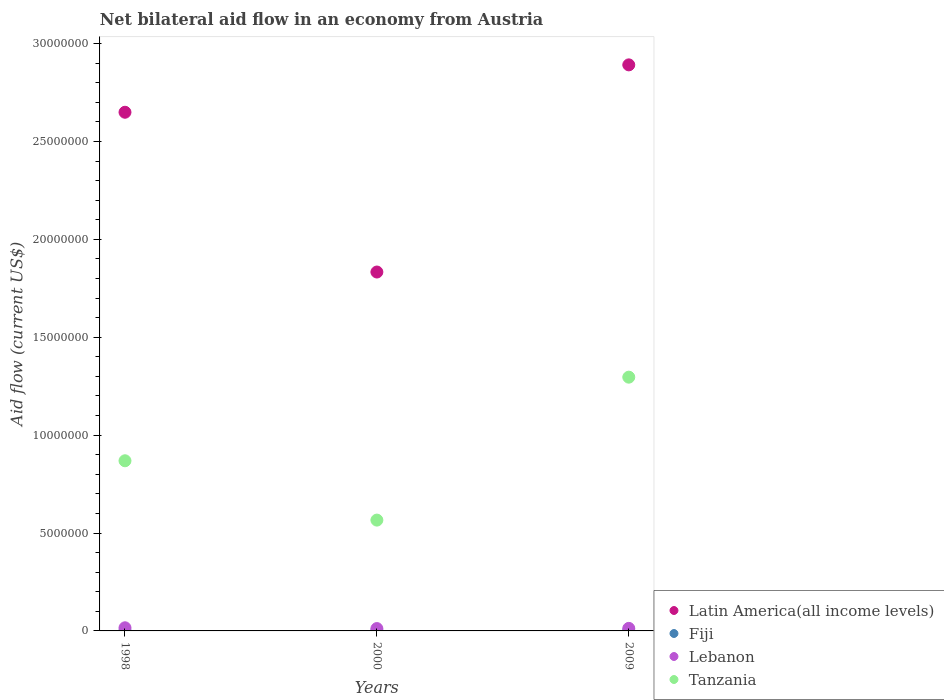
| Years | Latin America(all income levels) | Fiji | Lebanon | Tanzania |
 | --- | --- | --- | --- | --- |
 | 1998 | 2.65e+07 | 1e+04 | 1.6e+05 | 8.69e+06 |
 | 2000 | 1.83e+07 | 1e+04 | 1.2e+05 | 5.66e+06 |
 | 2009 | 2.89e+07 | 2e+04 | 1.3e+05 | 1.3e+07 |